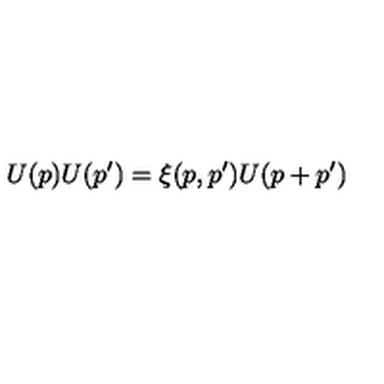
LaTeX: U ( p ) U ( p ^ { \prime } ) = \xi ( p , p ^ { \prime } ) U ( p + p ^ { \prime } )